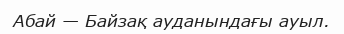
Абай — Байзақ ауданындағы ауыл.